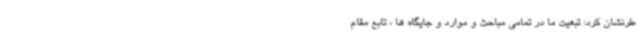
طرنشان کرد: تبعیت ما در تمامی مباحث و موارد و جایگاه ها ، تابع مقام